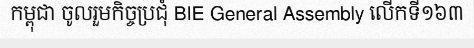
កម្ពុជា ចូលរួមកិច្ចប្រជុំ BIE General Assembly លើកទី១៦៣